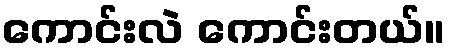
ကောင်းလဲ ကောင်းတယ်။